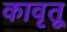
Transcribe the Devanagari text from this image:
कावृतू